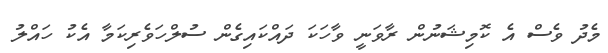
މެދު ވެސް އެ ކޮމިޝަނުން ރާވަނީ ވާހަކަ ދައްކައިގެން ސުލްހަވެރިކަމާ އެކު ހައްލު